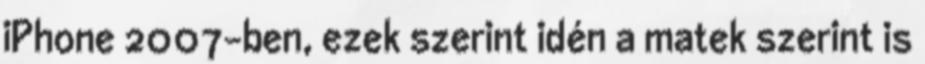
iPhone 2007-ben, ezek szerint idén a matek szerint is